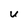
Character: U